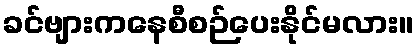
ခင်ဗျားကနေစီစဉ်ပေးနိုင်မလား။